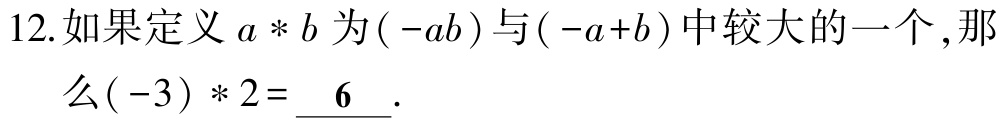
12.如果定义\(a * b\)为\((-ab)\)与\((-a + b)\)中较大的一个,那么\((-3)*2=\underline{6}\).